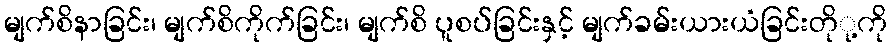
မျက်စိနာခြင်း၊ မျက်စိကိုက်ခြင်း၊ မျက်စိ ပူစပ်ခြင်းနှင့် မျက်ခမ်းယားယံခြင်းတိုု့ကို